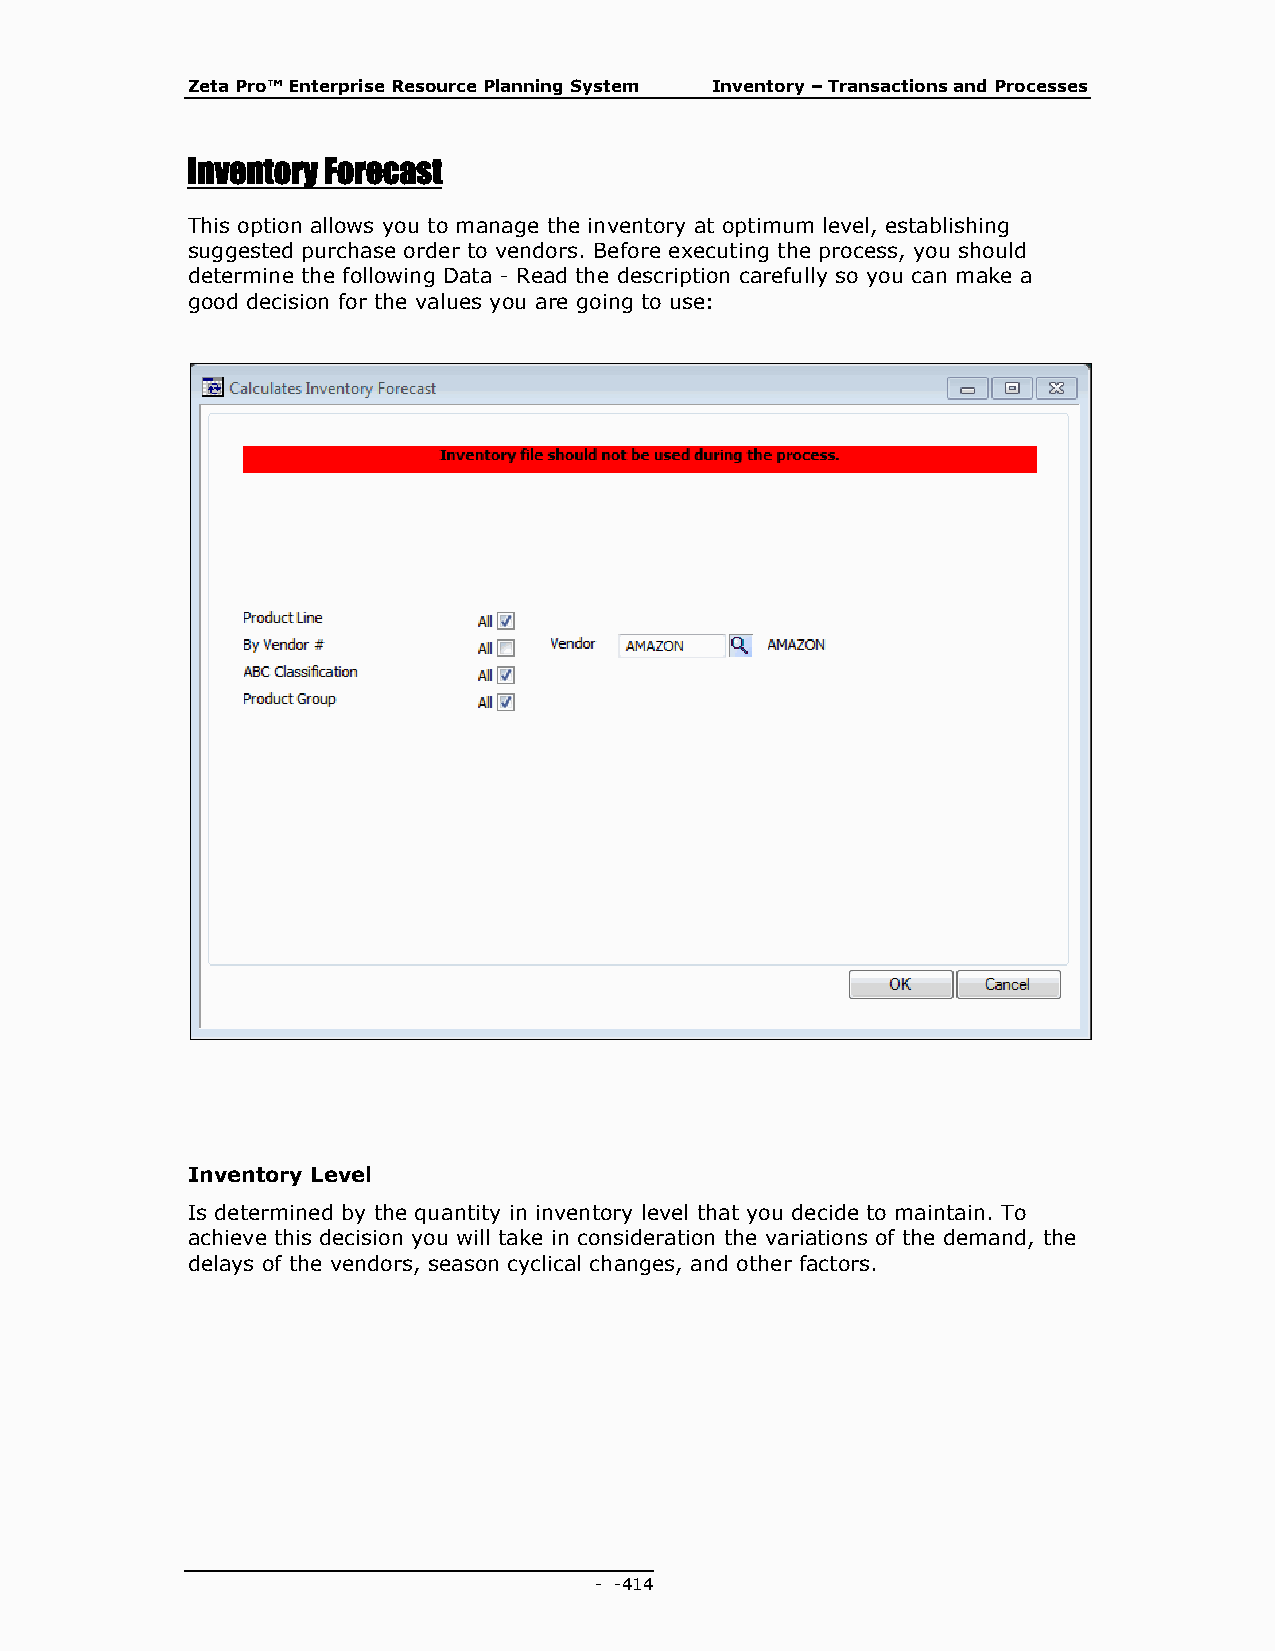
Zeta Pro™ Enterprise Resource Planning System Inventory – Transactions and Processes
 Inventory Forecast
 This option allows you to manage the inventory at optimum level, establishing
 suggested purchase order to vendors. Before executing the process, you should
 determine the following Data - Read the description carefully so you can make a
 good decision for the values you are going to use:
 Inventory Level
 Is determined by the quantity in inventory level that you decide to maintain. To
 achieve this decision you will take in consideration the variations of the demand, the
 delays of the vendors, season cyclical changes, and other factors.
 - - 414